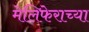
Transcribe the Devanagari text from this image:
मेलिफेराच्या